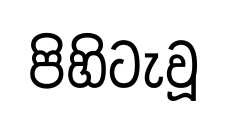
පිහිටැවූ